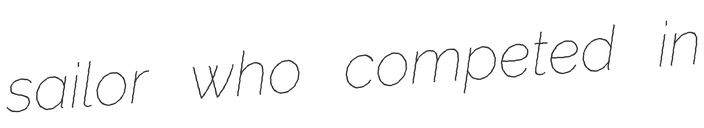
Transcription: sailor who competed in